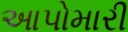
આપોમારી